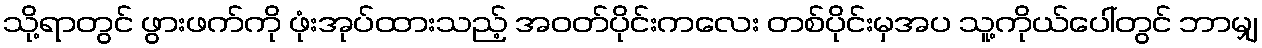
သို့ရာတွင် ဖွားဖက်ကို ဖုံးအုပ်ထားသည့် အဝတ်ပိုင်းကလေး တစ်ပိုင်းမှအပ သူ့ကိုယ်ပေါ်တွင် ဘာမျှ